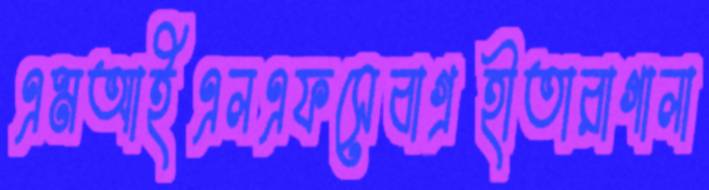
এমআইএলএফসেবাগ্রহীতারাগালা